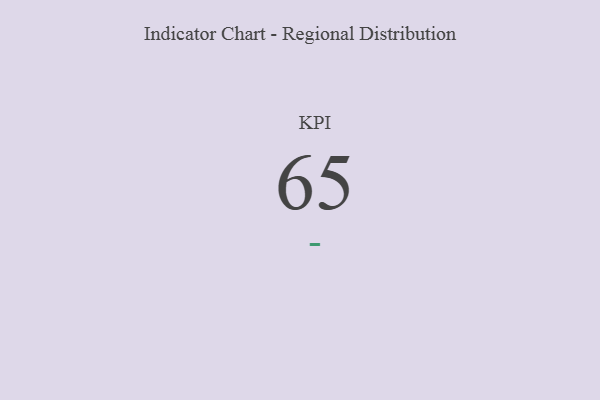
{"axis": {"x": "KPI", "y": "Value"}, "legend": [""], "data": [{"x": "KPI", "y": 65, "type": ""}]}